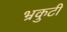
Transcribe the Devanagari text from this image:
भ्रकुटी